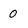
Character: 0